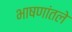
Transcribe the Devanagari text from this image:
भाषणांतले